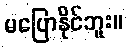
မပြောနိုင်ဘူး။